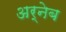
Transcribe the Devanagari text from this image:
अर्नेब